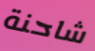
شاحنة